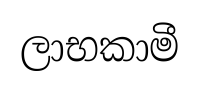
ලාභකාමී